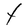
Character: t